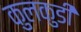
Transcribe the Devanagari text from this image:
कुलकुडी